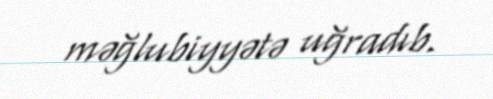
məğlubiyyətə uğradıb.